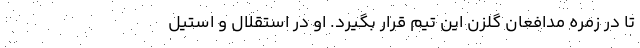
تا در زمره مدافعان گلزن این تیم قرار بگیرد. او در استقلال و استیل